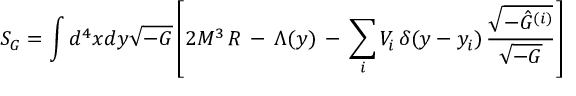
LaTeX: { \cal S } _ { G } = \int d ^ { 4 } x d y \sqrt { - G } \left[ 2 M ^ { 3 } \, R \, - \, \Lambda ( y ) \, - \, \sum _ { i } V _ { i } \, \delta ( y - y _ { i } ) \, \frac { \sqrt { - \hat { G } ^ { ( i ) } } } { \sqrt { - G } } \right]